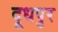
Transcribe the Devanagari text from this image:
दूधपुर